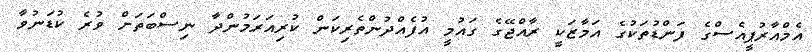
އެމްއާރުޕީއެސްގެ ފަންޑުތަކުގެ އަމާޒަކީ ރާއްޖޭގެ ގައުމީ އުފެއްދުންތެރިކަން ކުރިއަރަމުންދާ ނިސްބަތަށް ވުރެ ކުޑަނުވާ